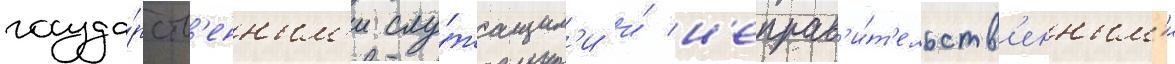
госуда́рств'енным'и слу́жащим'и и́ н'еправ'и́т'ельств'енным'и